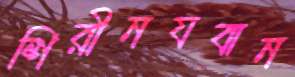
শিরীনযবান